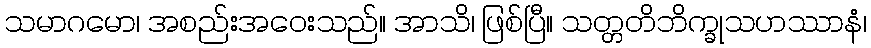
သမာဂမော၊ အစည်းအဝေးသည်။ အာသိ၊ ဖြစ်ပြီ။ သတ္တတိဘိက္ခုသဟဿာနံ၊